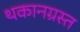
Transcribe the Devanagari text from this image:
थकानग्रस्त